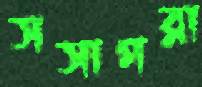
সসাগরা